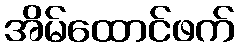
အိမ်ထောင်ဖက်